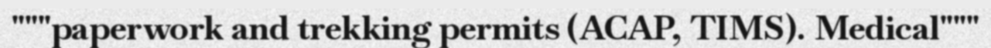
"""paperwork and trekking permits (ACAP, TIMS). Medical"""